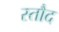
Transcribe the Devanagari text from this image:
स्तौद